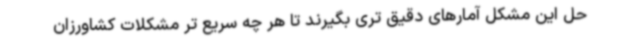
حل این مشکل آمارهای دقیق تری بگیرند تا هر چه سریع تر مشکلات کشاورزان